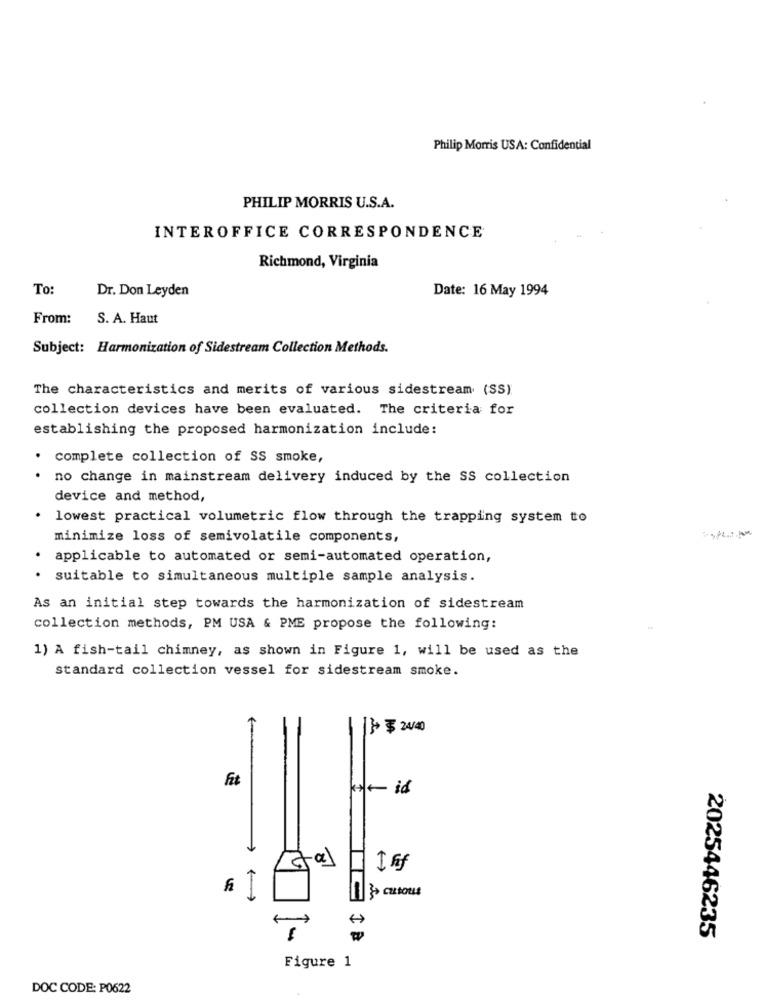
Philip Morris USA: Confidential
PHILIP MORRIS U.S.A.
INTEROFFICE CORRESPONDENCE
Richmond, Virginia
To:
Dr. Don Leyden
Date: 16 May 1994
From:
S. A. Haut
Subject: Harmonization of Sidestream Collection Methods.
The characteristics and merits of various sidestream (SS)
collection devices have been evaluated. The criteria for
establishing the proposed harmonization include:
· complete collection of SS smoke,
no change in mainstream delivery induced by the SS collection
device and method,
.
lowest practical volumetric flow through the trapping system to
minimize loss of semivolatile components,
· applicable to automated or semi-automated operation,
.
suitable to simultaneous multiple sample analysis.
As an initial step towards the harmonization of sidestream
collection methods, PM USA & PME propose the following:
1) A fish-tail chimney, as shown in Figure 1, will be used as the
standard collection vessel for sidestream smoke.
1} $ 240
fit
k+ id
2025446235
Figure 1
DOC CODE: P0622